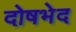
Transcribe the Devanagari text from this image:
दोषभेद